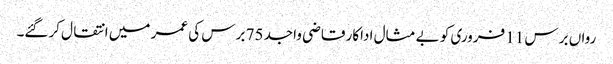
رواں برس 11 فروری کو بے مثال اداکار قاضی واجد 75 برس کی عمر میں انتقال کرگئے۔